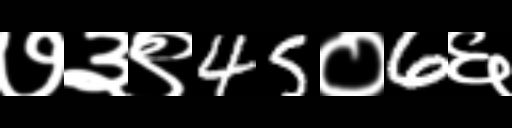
Text: ७३९45०6६